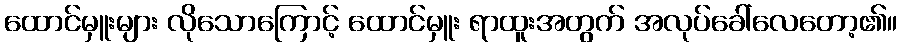
ထောင်မှူးများ လိုသောကြောင့် ထောင်မှူး ရာထူးအတွက် အလုပ်ခေါ်လေတော့၏။